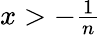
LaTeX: \textstyle{x>-{\frac{1}{n}}}